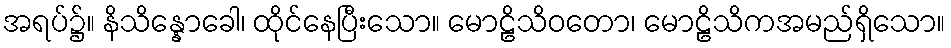
အရပ်၌။ နိသိန္နောခေါ၊ ထိုင်နေပြီးသော။ မောဠိသိဝတော၊ မောဠိသိကအမည်ရှိသော။